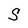
Character: S